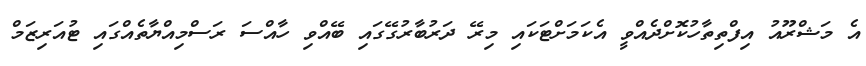
އެ މަޝްރޫއު އިފްތިތާހުކޮށްދެއްވީ އެކަމަށްޓަކައި މިރޭ ދަރުބާރުގޭގައި ބޭއްވި ހާއްސަ ރަސްމިއްޔާތެއްގައި ޓުއަރިޒަމް